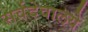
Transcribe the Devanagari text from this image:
सर्वदेवालये